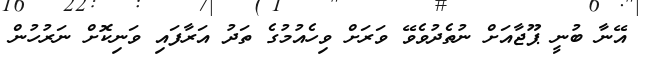
އޭނާ ބުނީ ޕޫޖާއަށް ނުތެދުވެވޭ ވަރަށް ވިހެއުމުގެ ތަދު އަރާފައި ވަނިކޮށް ނަރުހުން